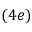
( 4 e )